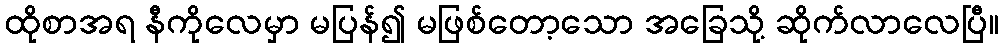
ထိုစာအရ နီကိုလေမှာ မပြန်၍ မဖြစ်တော့သော အခြေသို့ ဆိုက်လာလေပြီ။